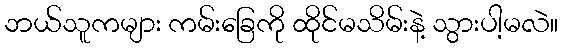
ဘယ်သူကများ ကမ်းခြေကို ထိုင်မသိမ်းနဲ့ သွားပါ့မလဲ။